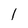
Character: 1